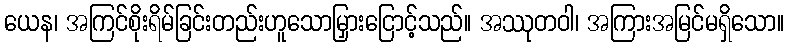
ယေန၊ အကြင်စိုးရိမ်ခြင်းတည်းဟူသောမြှားငြောင့်သည်။ အဿုတဝါ၊ အကြားအမြင်မရှိသော။